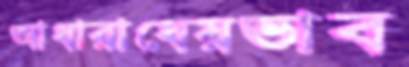
আধারাধেয়ভাব